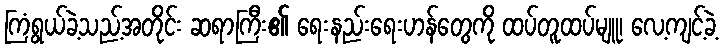
ကြံရွယ်ခဲ့သည့်အတိုင်း ဆရာကြီး၏ ရေးနည်းရေးဟန်တွေကို ထပ်တူထပ်မျူ၊ လေ့ကျင့်ခဲ့